Rangoon Lunatic Asylum 1893-1897 - 1893-1897
Year: 1893
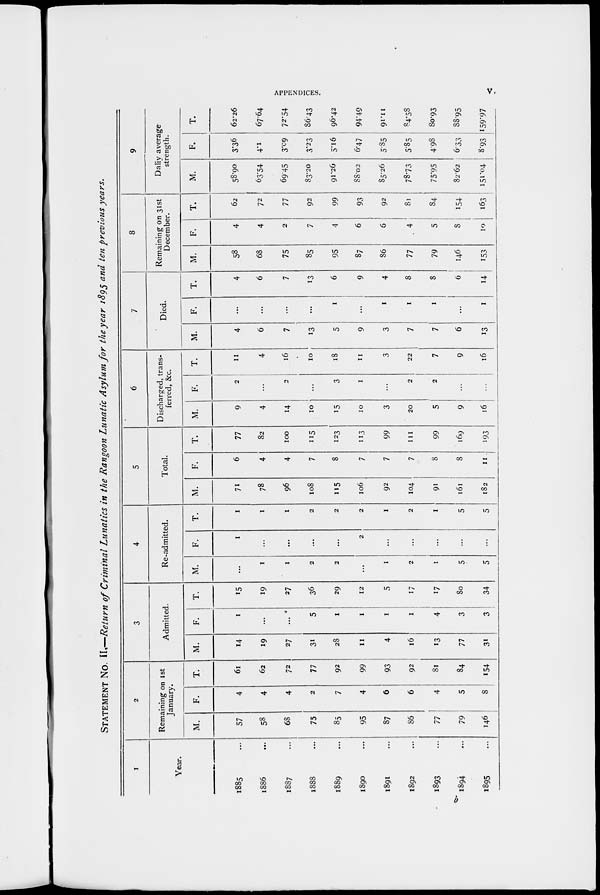
APPENDICES.
v.
STATEMENT No. II.—Return of Criminal Lunatics in the Rangoon Lunatic Asylum for the year 1895 and ten previous years.
1
Year.
1885 ...
1886 ...
1887 ...
1888 ...
1889 ...
1890 ...
1891 ...
1892 ...
1893 ...
1894 ...
1895 ...
2
Remaining on 1st
January.
M.
57
58
68
75
85
95
87
86
77
79
146
F.
4
4
4
2
7
4
6
6
4
5
8
T.
61
62
72
77
92
99
93
92
81
84
154
3
Admitted.
M.
14
19
27
31
28
11
4
16
13
77
31
F.
1
...
...
5
1
1
1
1
4
3
3
T.
15
19
27
36
29
12
5
17
17
80
34
4
Re-admitted.
M.
...
1
1
2
2
...
1
2
1
5
5
F.
1
...
...
...
...
2
...
...
...
...
...
T.
1
1
1
2
2
2
1
2
1
5
5
5
Total.
M.
71
78
96
108
115
106
92
104
91
161
182
F.
6
4
4
7
8
7
7
7
8
8
11
T.
77
82
100
115
123
113
99
111
99
169
193
6
Discharged, trans-
ferred, &c.
M.
9
4
14
10
15
10
3
20
5
9
16
F.
2
...
2
...
3
1
...
2
2
...
...
T.
11
4
16
10
18
11
3
22
7
9
16
7
Died.
M.
4
6
7
13
5
9
3
7
7
6
13
F.
...
...
...
...
1
...
1
1
1
...
1
T.
4
6
7
13
6
9
4
8
8
6
14
8
Remaining on 31st
December.
M.
58
68
75
85
95
87
86
77
79
146
153
F.
4
4
2
7
4
6
6
4
5
8
10
T.
62
72
77
92
99
93
92
81
84
154
163
9
Daily average
strength.
M.
58.90
63.54
69.45
83.20
91.26
88.02
85.26
78.73
75.95
82.62
151.04
F.
3.36
4.1
3.09
3.23
5.16
6.47
5.85
5.85
4.98
6.33
8.93
T.
62.26
67.64
72.54
86.43
96.42
94.49
91.11
84.58
80.93
88.95
159.97